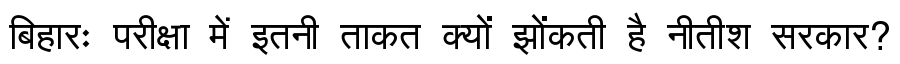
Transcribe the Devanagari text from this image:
बिहारः परीक्षा में इतनी ताकत क्यों झोंकती है नीतीश सरकार?